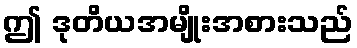
ဤ ဒုတိယအမျိုးအစားသည်